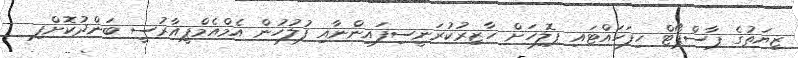
ޒިޔަތުގެ ޕާސްޕޯޓް ހިފަހައްޓައި ޕޮލިހަށް ހާޒިރުކުރަނީސިފައިންނާއި ފުލުހުން އެމްއެމްޕީއާރުސީ ބަންދުކޮށްފި